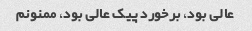
عالی بود، برخورد پیک عالی بود، ممنونم